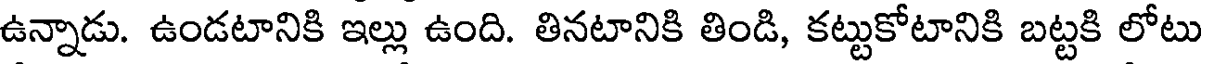
ఉన్నాడు. ఉండటానికి ఇల్లు ఉంది. తినటానికి తిండి, కట్టుకోటానికి బట్టకి లోటు